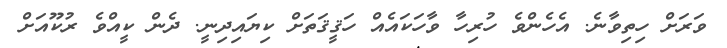
ވަރަށް ހިތިވާނެ. އެހެންވެ ހުރިހާ ވާހަކައެއް ހަޤީޤަތަށް ކިޔައިދިނީ. ދެން ކީއްވެ ރުކޫއަށް